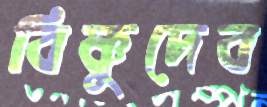
বিষ্ণুদেব